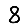
Digit: 8